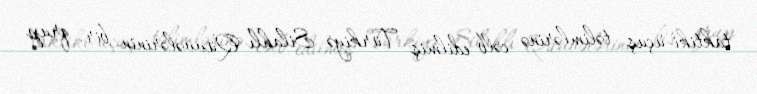
taktiki-uçuş təlimlərinə cəlb edilmiş Türkiyə Silahlı Qüvvələrinin bir qrup